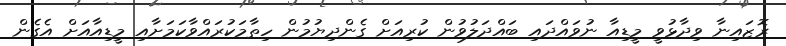
ރޮޒައިނާ ވިދާޅުވީ މީޑިއާ ނުވައްދައި ބައްދަލުވުން ކުރިއަށް ގެންދިޔުމުން ހިތާމަކުރައްވާކަމަށާއި މީޑިއާއަށް އެގެން